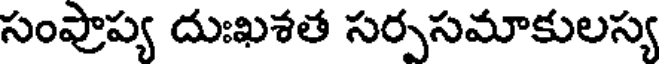
సంప్రాప్య దుఃఖశత సర్పసమాకులస్య